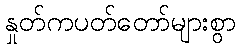
နှုတ်ကပတ်တော်များစွာ